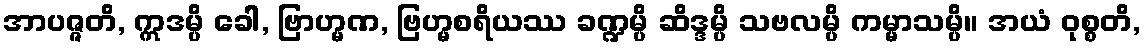
အာပဇ္ဇတိ, ဣဒမ္ပိ ခေါ, ဗြာဟ္မဏ, ဗြဟ္မစရိယဿ ခဏ္ဍမ္ပိ ဆိဒ္ဒမ္ပိ သဗလမ္ပိ ကမ္မာသမ္ပိ။ အယံ ဝုစ္စတိ,